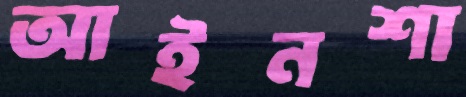
আইনশা